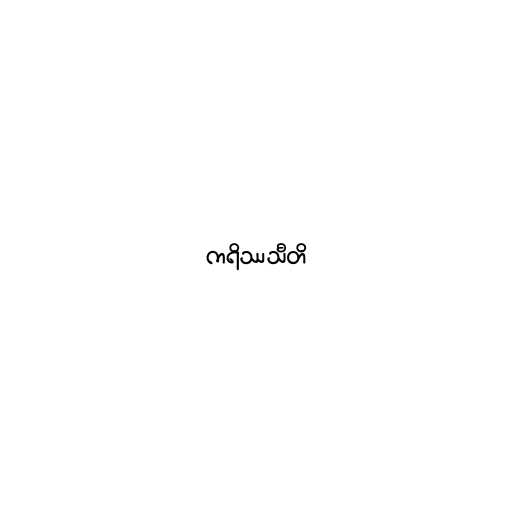
ကရိဿသီတိ